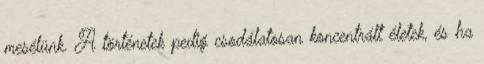
mesélünk. A történetek pedig csodálatosan koncentrált életek, és ha